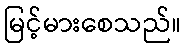
မြင့်မားစေသည်။